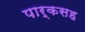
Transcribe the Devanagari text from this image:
पार्कसह